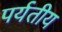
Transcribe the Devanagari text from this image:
पर्यतीय